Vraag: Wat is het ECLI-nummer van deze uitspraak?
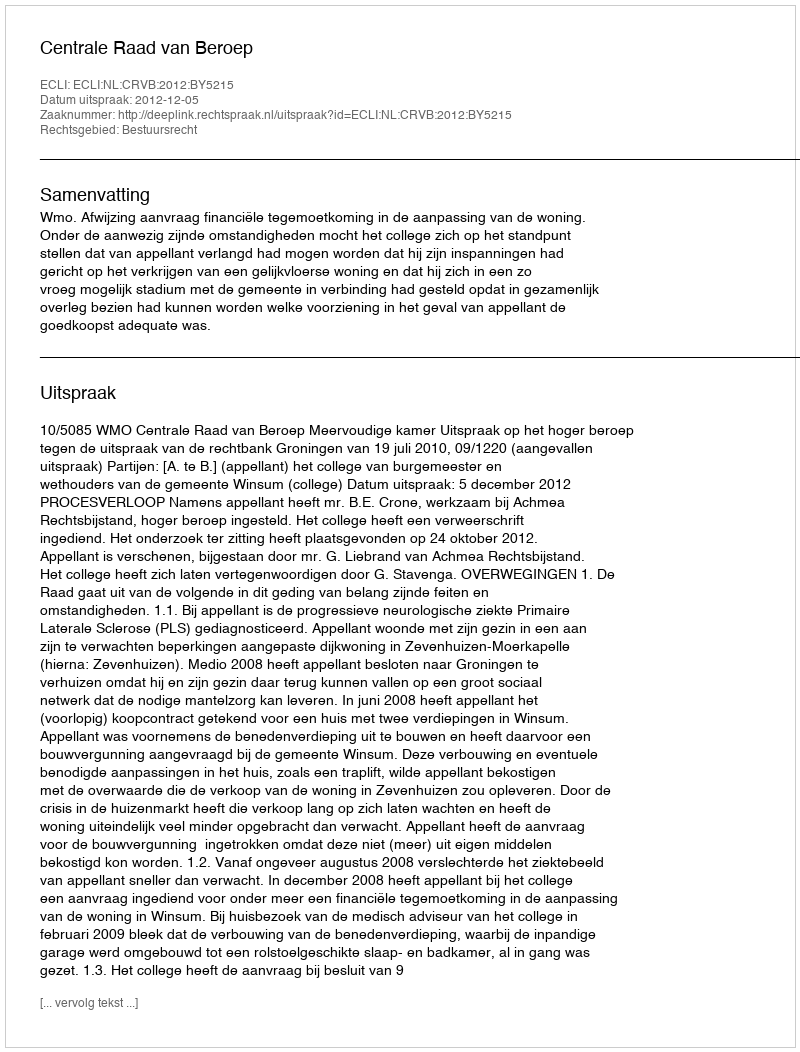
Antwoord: ECLI:NL:CRVB:2012:BY5215